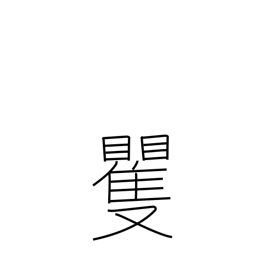
Meaning: surprise & confusion